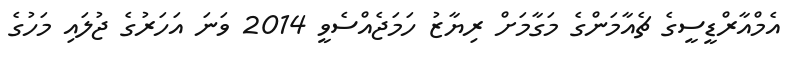
އެމްއާރްޑީސީގެ ޗެއާމަންގެ މަގާމަށް ރިޔާޒު ހަމަޖެއްސެވީ 2014 ވަަނަ އަހަރުގެ ޖުލައި މަހުގެ